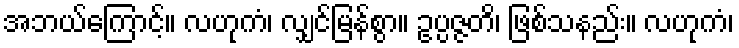
အဘယ်ကြောင့်။ လဟုကံ၊ လျှင်မြန်စွာ။ ဥပ္ပဇ္ဇတိ၊ ဖြစ်သနည်း။ လဟုကံ၊